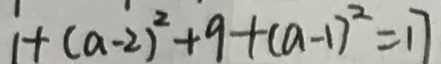
1 + ( a - 2 ) ^ { 2 } + 9 + ( a - 1 ) ^ { 2 } = 1 7